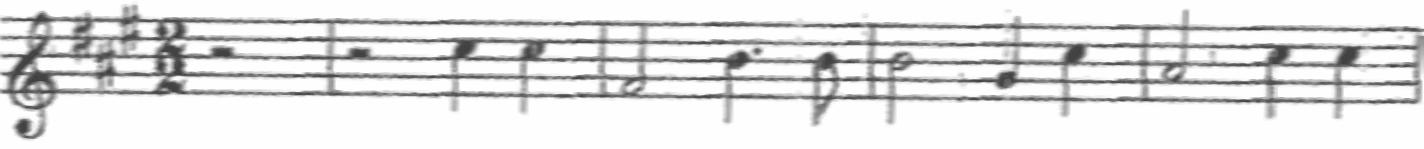
Transcription: clef-G1 keySignature-AM timeSignature-2/2 rest-half barline rest-half note-E5_quarter note-E5_quarter barline note-A4_half note-D5_quarter. note-D5_eighth barline note-D5_half note-B4_quarter note-E5_quarter barline note-C#5_half note-E5_quarter note-E5_quarter barline